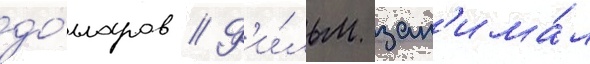
до́лларов // Ф'и́льм зан'има́л